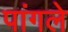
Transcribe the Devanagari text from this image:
पांगले